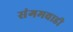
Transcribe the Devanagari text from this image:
संगमवाडी